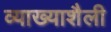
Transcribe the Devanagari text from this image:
व्याख्याशैली